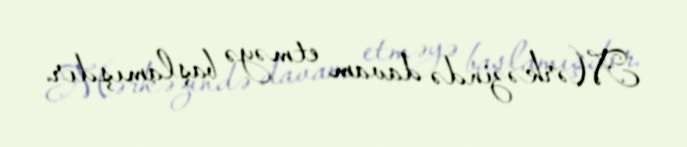
Mərkəzində davam etməyə başlamışdır.